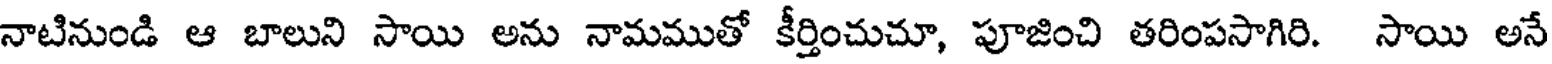
నాటినుండి ఆ బాలుని సాయి అను నామముతో కీర్తించుచూ, పూజించి తరింపసాగిరి. సాయి అనే